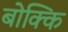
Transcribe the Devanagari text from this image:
बोक्कि